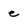
Character: e